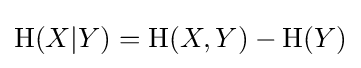
\mathrm {H} (X|Y)=\mathrm {H} (X,Y)-\mathrm {H} (Y)